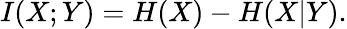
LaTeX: I(X;Y)=H(X)-H(X|Y).